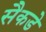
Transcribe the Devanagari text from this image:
सैकडे